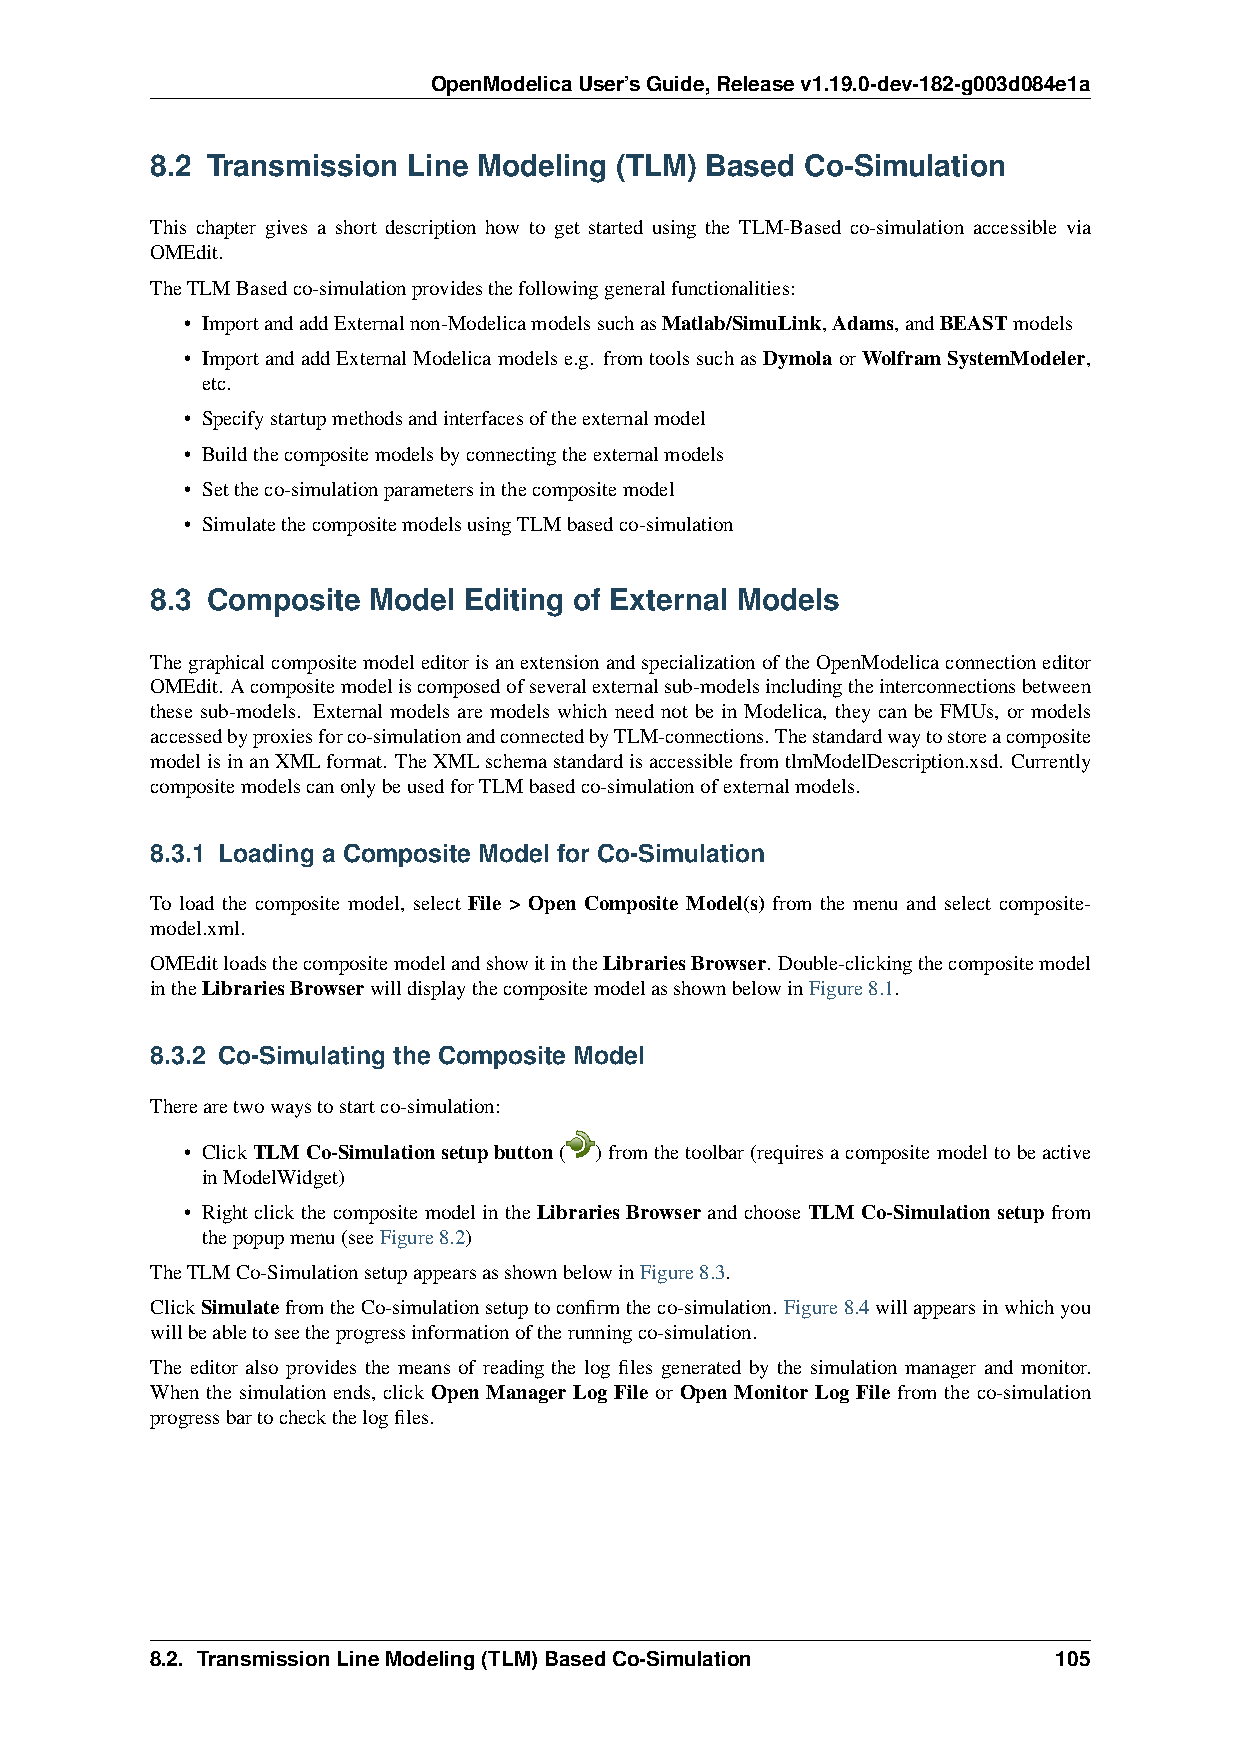
OpenModelicaUser’sGuide,Releasev1.19.0-dev-182-g003d084e1a
 8.2 Transmission Line Modeling (TLM) Based Co-Simulation
 This chapter gives a short description how to get started using the TLM-Based co-simulation accessible via
 OMEdit.
 TheTLMBasedco-simulationprovidesthefollowinggeneralfunctionalities:
 • ImportandaddExternalnon-ModelicamodelssuchasMatlab/SimuLink,Adams,andBEASTmodels
 • ImportandaddExternalModelicamodelse.g. fromtoolssuchasDymolaorWolframSystemModeler,
 etc.
 • Specifystartupmethodsandinterfacesoftheexternalmodel
 • Buildthecompositemodelsbyconnectingtheexternalmodels
 • Settheco-simulationparametersinthecompositemodel
 • SimulatethecompositemodelsusingTLMbasedco-simulation
 8.3 Composite Model  Editing of External Models
 ThegraphicalcompositemodeleditorisanextensionandspecializationoftheOpenModelicaconnectioneditor
 OMEdit. Acompositemodeliscomposedofseveralexternalsub-modelsincludingtheinterconnectionsbetween
 these sub-models. External models are models which need not be in Modelica, they can be FMUs, or models
 accessedbyproxiesforco-simulationandconnectedbyTLM-connections.Thestandardwaytostoreacomposite
 modelisinanXMLformat. TheXMLschemastandardisaccessiblefromtlmModelDescription.xsd. Currently
 compositemodelscanonlybeusedforTLMbasedco-simulationofexternalmodels.
 8.3.1 Loading a Composite Model for Co-Simulation
 To load the composite model, select File > Open Composite Model(s) from the menu and select composite-
 model.xml.
 OMEditloadsthecompositemodelandshowitintheLibrariesBrowser. Double-clickingthecompositemodel
 intheLibrariesBrowserwilldisplaythecompositemodelasshownbelowinFigure8.1.
 8.3.2 Co-Simulating the Composite Model
 Therearetwowaystostartco-simulation:
 • ClickTLMCo-Simulationsetupbutton( )fromthetoolbar(requiresacompositemodeltobeactive
 inModelWidget)
 • Right click the composite model in the Libraries Browser and choose TLM Co-Simulation setup from
 thepopupmenu(seeFigure8.2)
 TheTLMCo-SimulationsetupappearsasshownbelowinFigure8.3.
 ClickSimulatefromtheCo-simulationsetuptoconfirmtheco-simulation. Figure8.4willappearsinwhichyou
 willbeabletoseetheprogressinformationoftherunningco-simulation.
 The editor also provides the means of reading the log files generated by the simulation manager and monitor.
 When the simulation ends, click Open Manager Log File or Open Monitor Log File from the co-simulation
 progressbartocheckthelogfiles.
 8.2. TransmissionLineModeling(TLM)BasedCo-Simulation        105